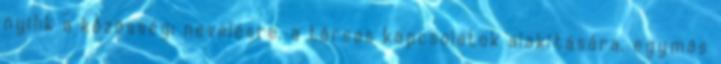
nyílik a közösségi nevelésre, a társas kapcsolatok alakítására, egymás